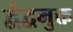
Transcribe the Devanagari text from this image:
द्वंद्वमुक्त